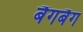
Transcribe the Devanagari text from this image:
बैंगबैंग